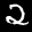
Label: 2